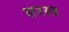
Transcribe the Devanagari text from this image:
सरस्व